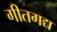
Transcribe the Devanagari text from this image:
गीतगद्य